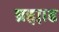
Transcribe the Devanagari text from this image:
ब्रह्माड